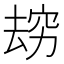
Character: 𰩌